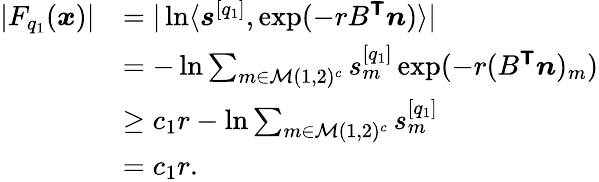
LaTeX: \begin{array}{rl}{|F_{q_{1}}(\boldsymbol{x})|}&{=|\ln\langle\boldsymbol{s}^{[q_{1}]},\exp(-rB^{\boldsymbol{\mathsf{T}}}\boldsymbol{n})\rangle|}\\ &{=-\ln\sum_{m\in\mathcal{M}(1,2)^{c}}s_{m}^{[q_{1}]}\exp(-r(B^{\boldsymbol{\mathsf{T}}}\boldsymbol{n})_{m})}\\ &{\ge c_{1}r-\ln\sum_{m\in\mathcal{M}(1,2)^{c}}s_{m}^{[q_{1}]}}\\ &{=c_{1}r.}\end{array}